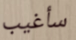
سأغيب